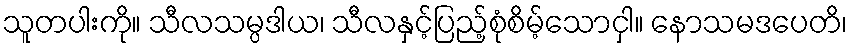
သူတပါးကို။ သီလသမ္ပဒါယ၊ သီလနှင့်ပြည့်စုံစိမ့်သောငှါ။ နောသမဒပေတိ၊